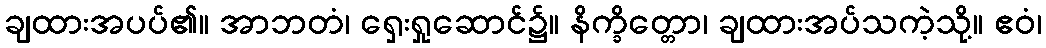
ချထားအပပ်၏။ အာဘတံ၊ ရှေးရှုဆောင်၌။ နိက္ခိတ္တော၊ ချထားအပ်သကဲ့သို့။ ဧဝံ၊